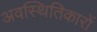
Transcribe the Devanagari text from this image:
अवस्थितिकारों